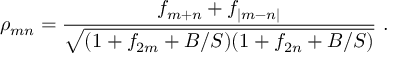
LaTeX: \rho _ { m n } = \frac { f _ { m + n } + f _ { | m - n | } } { \sqrt { ( 1 + f _ { 2 m } + B / S ) ( 1 + f _ { 2 n } + B / S ) } } \ .